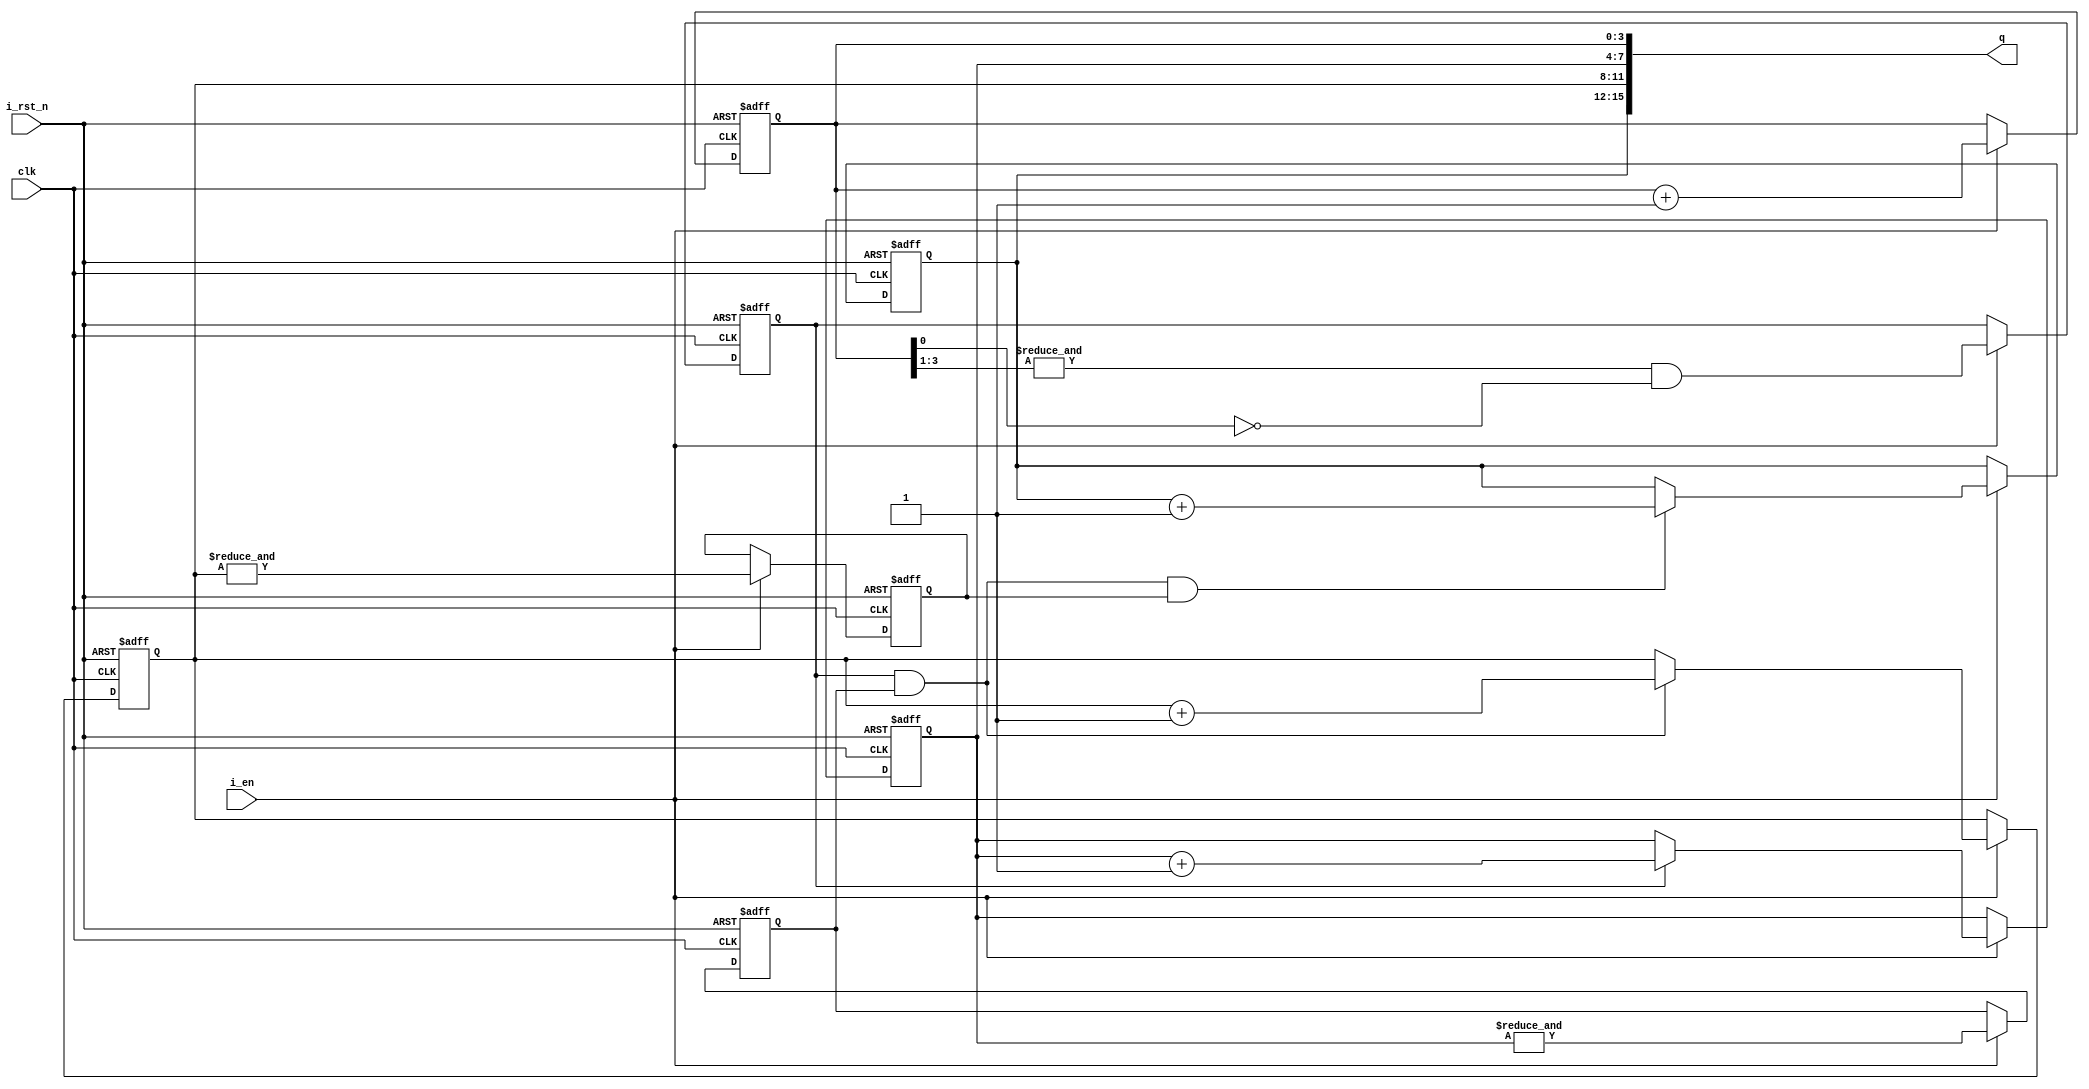
module counter
#(
	parameter INIT_VALUE = 16'd0
)
(input clk, input i_rst_n, input i_en, output [15:0] q);

	reg[3:0] cnt0;
	reg[3:0] cnt1;
	reg[3:0] cnt2;
	reg[3:0] cnt3;
	reg c0,c1,c2;
	initial
	begin
		{cnt3,cnt2,cnt1,cnt0} = INIT_VALUE;
		{c0,c1,c2} = 3'b0;
	end
	
	assign q = {cnt3,cnt2,cnt1,cnt0};
	
	always@(posedge clk or negedge i_rst_n)
	if(!i_rst_n)
		{cnt3,cnt2,cnt1,cnt0,c2,c1,c0} <= {INIT_VALUE,3'b0};
	else if(i_en)
	begin
		c0 <= (&cnt0[3:1])&(~cnt0[0]);
		c1 <= &cnt1;
		c2 <= &cnt2;
		
		cnt0 <= cnt0 + 1'b1;
		
		if(c0)
			cnt1 <= cnt1 + 1'b1;
		  
		if(c0 & c1)
			cnt2 <= cnt2 + 1'b1;
		  
		if(c0 & c1 & c2)
			cnt3 <= cnt3 + 1'b1;
	end

endmodule 

module counter24
#(
	parameter INIT_VALUE = 24'd0
)
(input clk, input i_rst_n, input i_en, output [23:0] q);

	reg[3:0] cnt0;
	reg[3:0] cnt1;
	reg[3:0] cnt2;
	reg[3:0] cnt3;
	reg[3:0] cnt4;
	reg[3:0] cnt5;
	reg c0,c1,c2,c3,c4;
	initial
	begin
		{cnt5,cnt4,cnt3,cnt2,cnt1,cnt0} = INIT_VALUE;
		{c0,c1,c2,c3,c4} = 5'b0;
	end
	
	assign q = {cnt5,cnt4,cnt3,cnt2,cnt1,cnt0};
	
	always@(posedge clk or negedge i_rst_n)
	if(!i_rst_n)
		{cnt5,cnt4,cnt3,cnt2,cnt1,cnt0,c4,c3,c2,c1,c0} <= {INIT_VALUE,5'b0};
	else if(i_en)
	begin
		c0 <= (&cnt0[3:1])&(~cnt0[0]);
		c1 <= &cnt1;
		c2 <= &cnt2;
		c3 <= &cnt3;
		c4 <= &cnt4;
		
		cnt0 <= cnt0 + 1'b1;
		
		if(c0)
			cnt1 <= cnt1 + 1'b1;
		  
		if(c0 & c1)
			cnt2 <= cnt2 + 1'b1;
		  
		if(c0 & c1 & c2)
			cnt3 <= cnt3 + 1'b1;
		  
		if(c0 & c1 & c2 & c3)
			cnt4 <= cnt4 + 1'b1;
		  
		if(c0 & c1 & c2 & c3 & c4)
			cnt5 <= cnt5 + 1'b1;
	end

endmodule 

module counter16
#(parameter INIT_VALUE=16'd0)
(input i_clk, input i_rst_n, input i_en, output [15:0] q);

	reg[3:0] cnt0;
	reg[3:0] cnt1;
	reg[3:0] cnt2;
	reg[3:0] cnt3;
	reg c0,c1,c2;
	initial
	begin
		{cnt3,cnt2,cnt1,cnt0} = INIT_VALUE;
		{c0,c1,c2} = 3'b0;
	end
	
	assign q = {cnt3,cnt2,cnt1,cnt0};
	
	always@(posedge i_clk or negedge i_rst_n)
	if(!i_rst_n)
		{cnt3,cnt2,cnt1,cnt0,c2,c1,c0} <= {INIT_VALUE,3'b0};
	else if(i_en)
	begin	
		c0 <= (&cnt0[3:1])&(~cnt0[0]);
		c1 <= &cnt1;
		c2 <= &cnt2;
		
		cnt0 <= cnt0 + 1'b1;
		
		if(c0)
			cnt1 <= cnt1 + 1'b1;
		  
		if(c0 & c1)
			cnt2 <= cnt2 + 1'b1;
		  
		if(c0 & c1 & c2)
			cnt3 <= cnt3 + 1'b1;
	end

endmodule 

module counter16Mod
#(
	parameter INIT_VALUE = 16'd0,
	parameter MIN_VALUE = 16'd0,
	parameter MAX_VALUE = 16'd65535
)
(input i_clk, input i_rst_n, input i_init, input i_en, output [15:0] q);

	reg[3:0] cnt0;
	reg[3:0] cnt1;
	reg[3:0] cnt2;
	reg[3:0] cnt3;
	reg c0,c1,c2;
	initial
	begin
		{cnt3,cnt2,cnt1,cnt0} = INIT_VALUE;
		{c0,c1,c2} = 3'b0;
	end
	
	assign q = {cnt3,cnt2,cnt1,cnt0};
	
	always@(posedge i_clk or negedge i_rst_n)
	if(!i_rst_n)
		{cnt3,cnt2,cnt1,cnt0,c2,c1,c0} <= {INIT_VALUE,3'b0};
	else if(i_init)
		{cnt3,cnt2,cnt1,cnt0,c2,c1,c0} <= {INIT_VALUE,3'b0};
	else if(i_en)
	begin	
		if({cnt3,cnt2,cnt1,cnt0} == MAX_VALUE)
			{cnt3,cnt2,cnt1,cnt0,c2,c1,c0} <= {MIN_VALUE,3'b0};
		else
		begin
			c0 <= (&cnt0[3:1])&(~cnt0[0]);
			c1 <= &cnt1;
			c2 <= &cnt2;
			
			cnt0 <= cnt0 + 1'b1;
			
			if(c0)
				cnt1 <= cnt1 + 1'b1;
			  
			if(c0 & c1)
				cnt2 <= cnt2 + 1'b1;
			  
			if(c0 & c1 & c2)
				cnt3 <= cnt3 + 1'b1;
		end
	end

endmodule 

module counter16Mod_d
#(
	parameter INIT_VALUE = 16'd0,
	parameter MIN_VALUE = 16'd0,
	parameter MAX_VALUE_WIDTH = 16
)
(input i_clk, input i_rst_n, input i_en, input [MAX_VALUE_WIDTH-1:0] MAX_VALUE, output [15:0] q);

	reg[3:0] cnt0;
	reg[3:0] cnt1;
	reg[3:0] cnt2;
	reg[3:0] cnt3;
	reg c0,c1,c2;
	initial
	begin
		{cnt3,cnt2,cnt1,cnt0} = INIT_VALUE;
		{c0,c1,c2} = 3'b0;
	end
	
	assign q = {cnt3,cnt2,cnt1,cnt0};
	
	always@(posedge i_clk or negedge i_rst_n)
	if(!i_rst_n)
		{cnt3,cnt2,cnt1,cnt0,c2,c1,c0} <= {INIT_VALUE,3'b0};
	else if(i_en)
	begin	
		if({cnt3,cnt2,cnt1,cnt0} == MAX_VALUE)
			{cnt3,cnt2,cnt1,cnt0,c2,c1,c0} <= {MIN_VALUE,3'b0};
		else
		begin
			c0 <= (&cnt0[3:1])&(~cnt0[0]);
			c1 <= &cnt1;
			c2 <= &cnt2;
			
			cnt0 <= cnt0 + 1'b1;
			
			if(c0)
				cnt1 <= cnt1 + 1'b1;
			  
			if(c0 & c1)
				cnt2 <= cnt2 + 1'b1;
			  
			if(c0 & c1 & c2)
				cnt3 <= cnt3 + 1'b1;
		end
	end

endmodule 

module counter12Mod
#(
	parameter SET_VALUE = 12'd0,
	parameter MIN_VALUE = 12'd0,
	parameter MAX_VALUE = 12'd100
)
(input clk, input init, output [11:0] q);

	reg[3:0] cnt0;
	reg[3:0] cnt1;
	reg[3:0] cnt2;
	reg c0,c1;
	initial
	begin
		{cnt2,cnt1,cnt0} = MIN_VALUE;
		{c0,c1} = 2'b0;
	end
	
	assign q = {cnt2,cnt1,cnt0};
	
	always@(posedge clk)
	if(init)
		{cnt2,cnt1,cnt0,c1,c0} <= {SET_VALUE,2'b0};
	else
	begin
		if({cnt2,cnt1,cnt0} == MAX_VALUE)
			{cnt2,cnt1,cnt0,c1,c0} <= {MIN_VALUE,2'b0};
		else
		begin
			c0 <= (&cnt0[3:1])&(~cnt0[0]);
			c1 <= &cnt1;
			
			cnt0 <= cnt0 + 1'b1;
			
			if(c0)
				cnt1 <= cnt1 + 1'b1;
			  
			if(c0 & c1)
				cnt2 <= cnt2 + 1'b1;
		end
	end

endmodule 

module counter12
#(
	parameter SET_VALUE = 12'd0
)
(input clk, input init, input i_en, output [11:0] q);

	reg[3:0] cnt0;
	reg[3:0] cnt1;
	reg[3:0] cnt2;
	reg c0,c1;
	initial
	begin
		{cnt2,cnt1,cnt0} = 12'b0;
		{c0,c1} = 2'b0;
	end
	
	assign q = {cnt2,cnt1,cnt0};
	
	always@(posedge clk)
	if(init)
		{cnt2,cnt1,cnt0,c1,c0} <= {SET_VALUE,2'b0};
	else if(i_en)
	begin
		c0 <= (&cnt0[3:1])&(~cnt0[0]);
		c1 <= &cnt1;
		
		cnt0 <= cnt0 + 1'b1;
		
		if(c0)
			cnt1 <= cnt1 + 1'b1;
		  
		if(c0 & c1)
			cnt2 <= cnt2 + 1'b1;
	end

endmodule